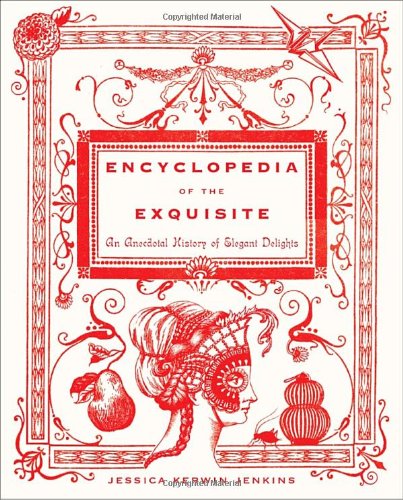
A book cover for Encyclopedia of the Exquisite: An Anecdotal History of Elegant Delights; Jessica Kerwin Jenkins; Humor & Entertainment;